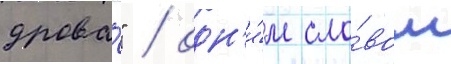
дрова́" / одн'и́м сло́вом